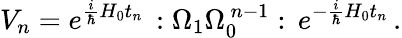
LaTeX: V_{n}=e^{\frac{i}{\hbar}H_{0}t_{n}}\, :\Omega_{1}\Omega_{0}^{\, n-1}:\, e^{-\frac{i}{\hbar}H_{0}t_{n}}\, .